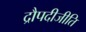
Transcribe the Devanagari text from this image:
द्रौपदीजीति